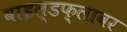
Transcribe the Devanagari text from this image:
वाइल्डफ्लावर